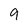
Character: 9